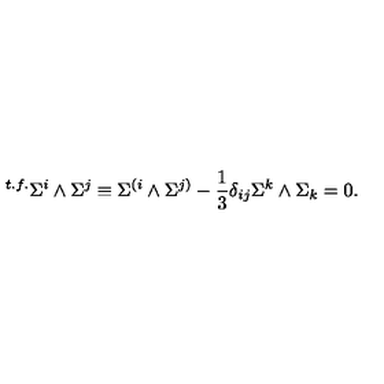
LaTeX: { } ^ { t . f . } \Sigma ^ { i } \wedge \Sigma ^ { j } \equiv \Sigma ^ { ( i } \wedge \Sigma ^ { j ) } - { \frac { 1 } { 3 } } \delta _ { i j } \Sigma ^ { k } \wedge \Sigma _ { k } = 0 .